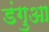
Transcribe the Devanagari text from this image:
डंगुआ